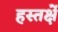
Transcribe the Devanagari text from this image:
हस्तर्क्षे